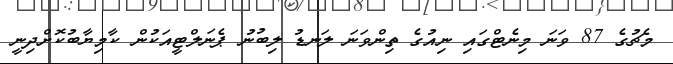
މެޗުގެ 87 ވަނަ މިނެޓްގައި ނިއުގެ ތިންވަނަ ލަނޑު ލިބުނު ޕެނަލްޓީއަކުން ކާމިޔާބުކޮށްދިނީ